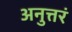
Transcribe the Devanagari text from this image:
अनुत्तरं